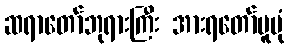
ဆရာတော်ဘုရားကြီး အားရတော်မူပုံ